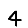
Digit: 4